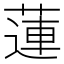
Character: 蓮